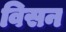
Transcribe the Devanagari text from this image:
विसन